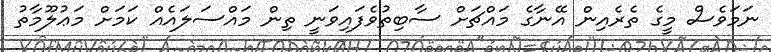
ނަމަވެސް މީގެ ތެރެއިން އޭނާގެ މައްޗަށް ސާބިތުވެފައިވަނީ ތިން މައްސަލައެއް ކަމަށް މަޢުލޫމާތު